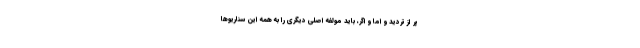
پر از تردید و اما و اگر، باید مولفه اصلی دیگری را به همه این سناریوها